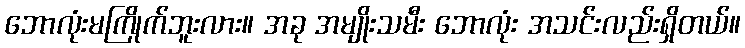
ဘောလုံးမကြိုက်ဘူးလား။ အခု အမျိုးသမီး ဘောလုံး အသင်းလည်းရှိတယ်။